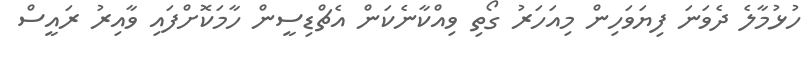
ހުޅުމާލެ ދެވަނަ ފިޔަވަހިން މިއަހަރު ގޯތި ވިއްކާނެކަން އެޗްޑިސީން ހާމަކޮށްފައި ވާއިރު ރައީސް